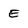
Character: E